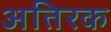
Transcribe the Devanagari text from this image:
अतिरक